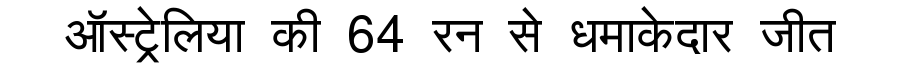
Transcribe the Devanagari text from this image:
ऑस्ट्रेलिया की 64 रन से धमाकेदार जीत